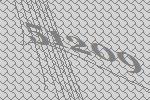
51209